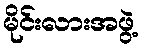
မိုင်းလားအဖွဲ့